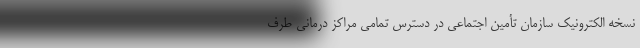
نسخه الکترونیک سازمان تأمین اجتماعی در دسترس تمامی مراکز درمانی طرف